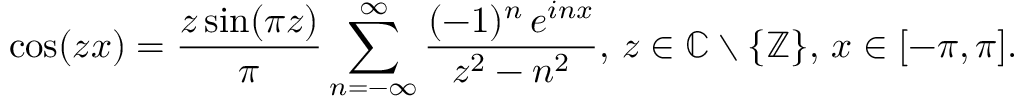
\cos ( z x ) = { \frac { z \sin ( \pi z ) } { \pi } } \displaystyle \sum _ { n = - \infty } ^ { \infty } { \frac { ( - 1 ) ^ { n } \, e ^ { i n x } } { z ^ { 2 } - n ^ { 2 } } } , \, z \in \mathbb { C } \setminus \{ \mathbb { Z } \} , \, x \in [ - \pi , \pi ] .